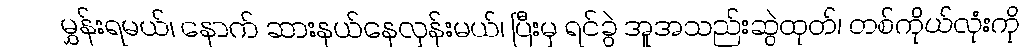
မွှန်းရမယ်၊ နောက် ဆားနယ်နေလှန်းမယ်၊ ပြီးမှ ရင်ခွဲ အူအသည်းဆွဲထုတ်၊ တစ်ကိုယ်လုံးကို